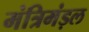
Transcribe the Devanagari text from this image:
मंत्रिमंड़ल